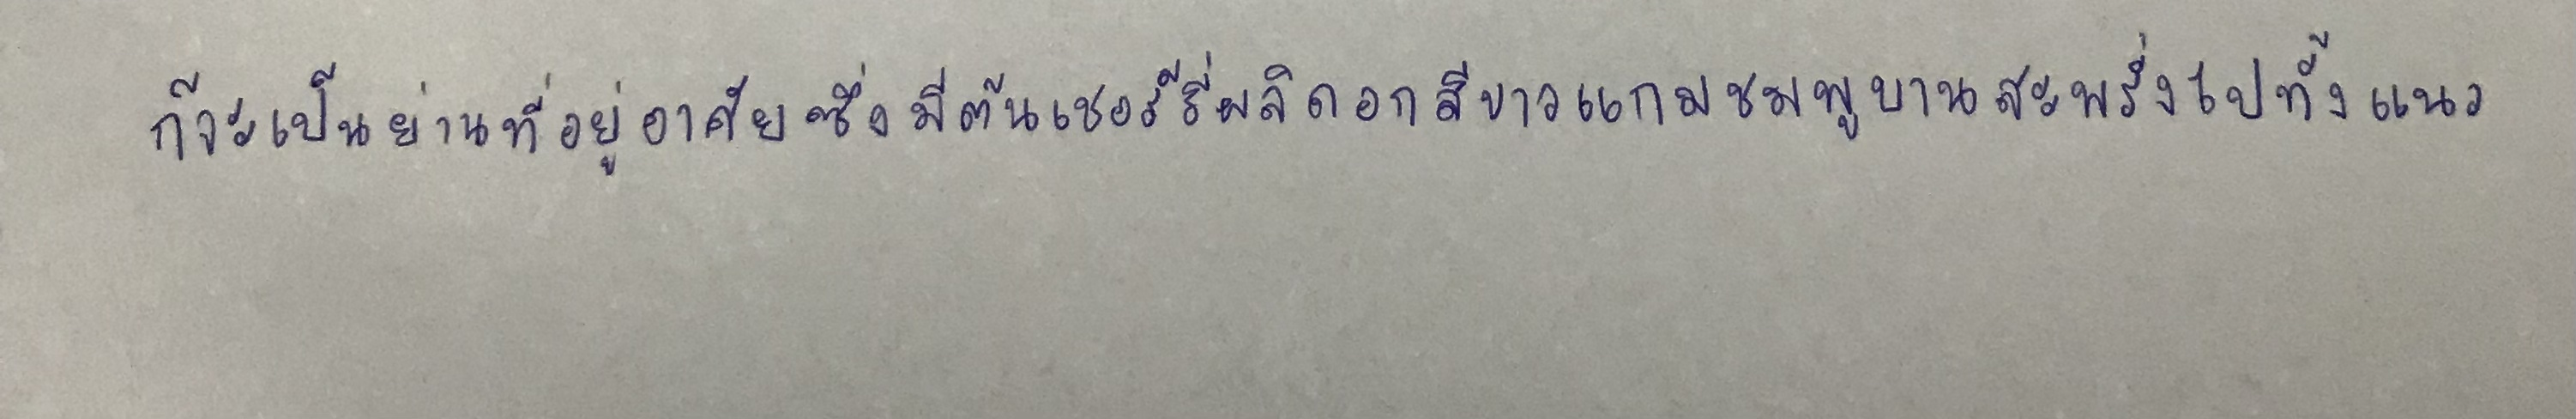
ก็จะเป็นย่านที่อยู่อาศัยซึ่งมีต้นเชอร์รี่ผลิดอกสีขาวแกมชมพูบานสะพรั่งไปทั้งแนว